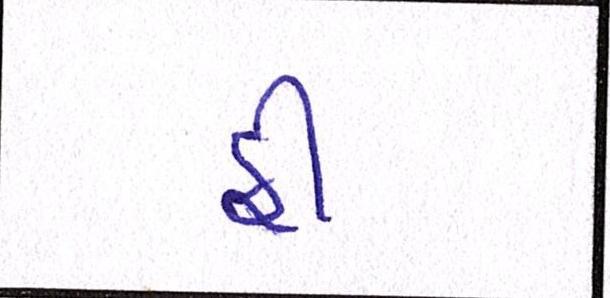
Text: ફી